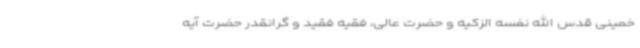
خمینی قدس الله نفسه الزکیه و حضرت عالی، فقیه فقید و گرانقدر حضرت آیه